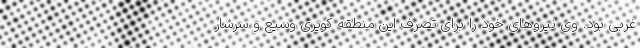
غربی بود. وی نیروهای خود را برای تصرف این منطقه کویری وسیع و سرشار